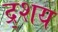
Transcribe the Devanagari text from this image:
द्र्शय